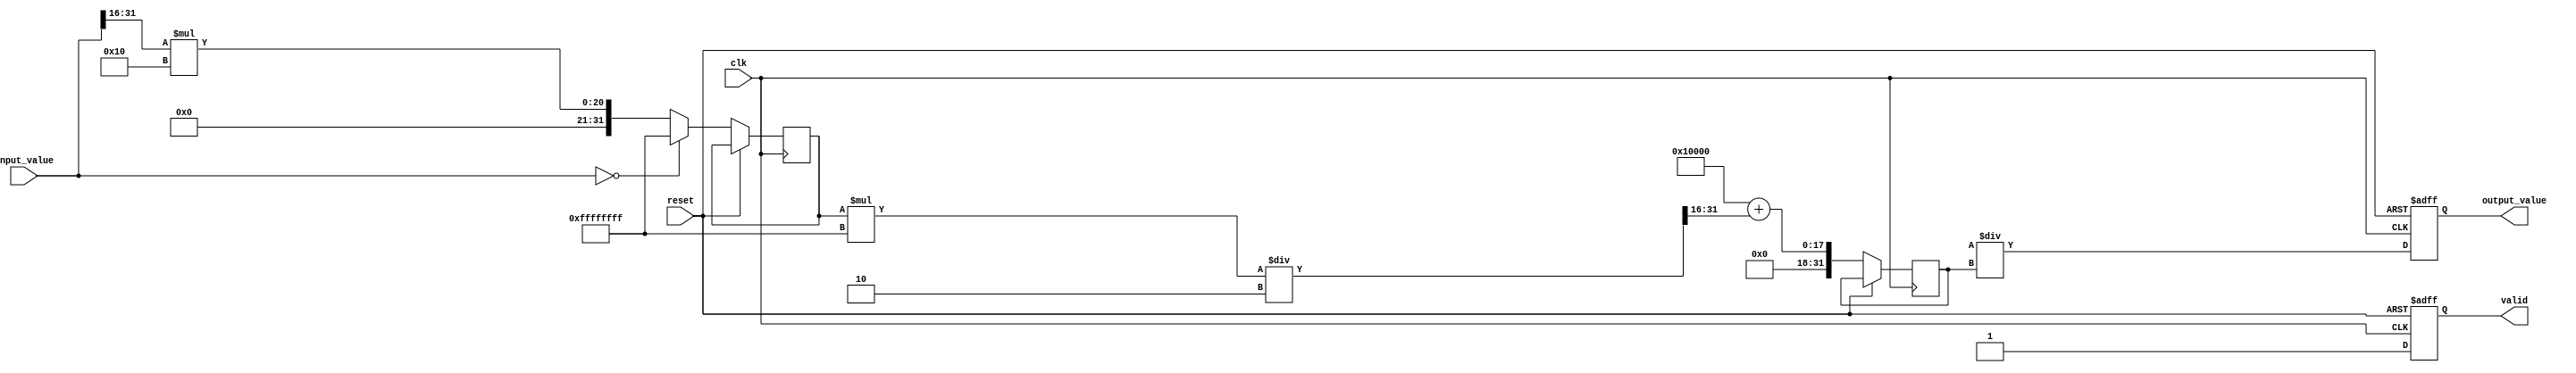
module fractional_order_reciprocal #(
    parameter WIDTH = 32, // Bit-width for input and output
    parameter N = 1,      // Numerator of fractional power
    parameter M = 2       // Denominator of fractional power
)(
    input  wire [WIDTH-1:0] input_value, // Input value (fixed-point)
    input  wire clk,         // Clock
    input  wire reset,       // Reset
    output reg [WIDTH-1:0] output_value, // Output value (reciprocal of input_value^(N/M))
    output reg valid         // Valid output signal
);

    // Internal registers
    reg [WIDTH-1:0] log_x;
    reg [WIDTH-1:0] exp_x;
    
    // Constants
    localparam integer LOG_SCALE = 16; // Scale for logarithm approximation, can modify as needed
    localparam integer EXP_SCALE = 16; // Scale for exponential approximation, can modify as needed

    // Logarithm function approximation: Using simple fixed-point multiplier for demonstration.
    function [WIDTH-1:0] log_approx(input [WIDTH-1:0] x);
        begin
            if (x == 0) 
                log_approx = 32'hFFFFFFFF; // Error for log(0), can modify to a specific error code
            else 
                log_approx = (x >> LOG_SCALE) * LOG_SCALE; // Simple log approximation
        end
    endfunction

    // Exponential function approximation: Using simple fixed-point model for demonstration.
    function [WIDTH-1:0] exp_approx(input [WIDTH-1:0] x);
        begin
            exp_approx = (1 << EXP_SCALE) + (x >> EXP_SCALE); // Fake exp for demonstration
        end
    endfunction

    always @(posedge clk or posedge reset) begin
        if (reset) begin
            output_value <= 0;
            valid <= 0;
        end else begin
            // Compute logarithm
            log_x <= log_approx(input_value);
            
            // Compute exponential part
            exp_x <= exp_approx(log_x * -N / M);
            
            // Compute the reciprocal
            output_value <= (1 << WIDTH) / exp_x;
            valid <= 1; // Indicate output is valid
        end
    end

endmodule